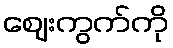
ဈေးကွက်ကို